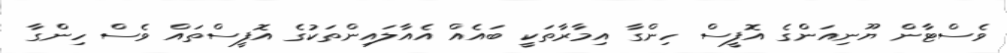
ވެސްޓާން ޔޫނިއަންގެ އޮފީސް ހިންގާ އިމާރާތަކީ ބައެއް އެއާލައިންތަކުގެ އޮފީސްތައް ވެސް ހިންގާ